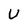
Character: U